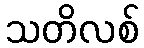
သတိလစ်